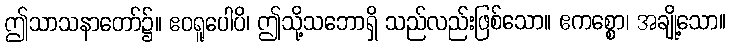
ဤသာသနာတော်၌။ ဧဝရူပေါပိ၊ ဤသို့သဘောရှိ သည်လည်းဖြစ်သော။ ဧကစ္စော၊ အချို့သော။